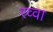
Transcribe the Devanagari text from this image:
रव्वा